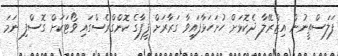
ފަލަސްތީނުން އިޒްރޭލާ ދެކޮޅަށް ހުށަހަޅާފައިވާ ގަރާރަށް ފީފާގެ ކޮންގްރެސްގައި ވޯޓަކަށް ގޮސްފި ނަމަ